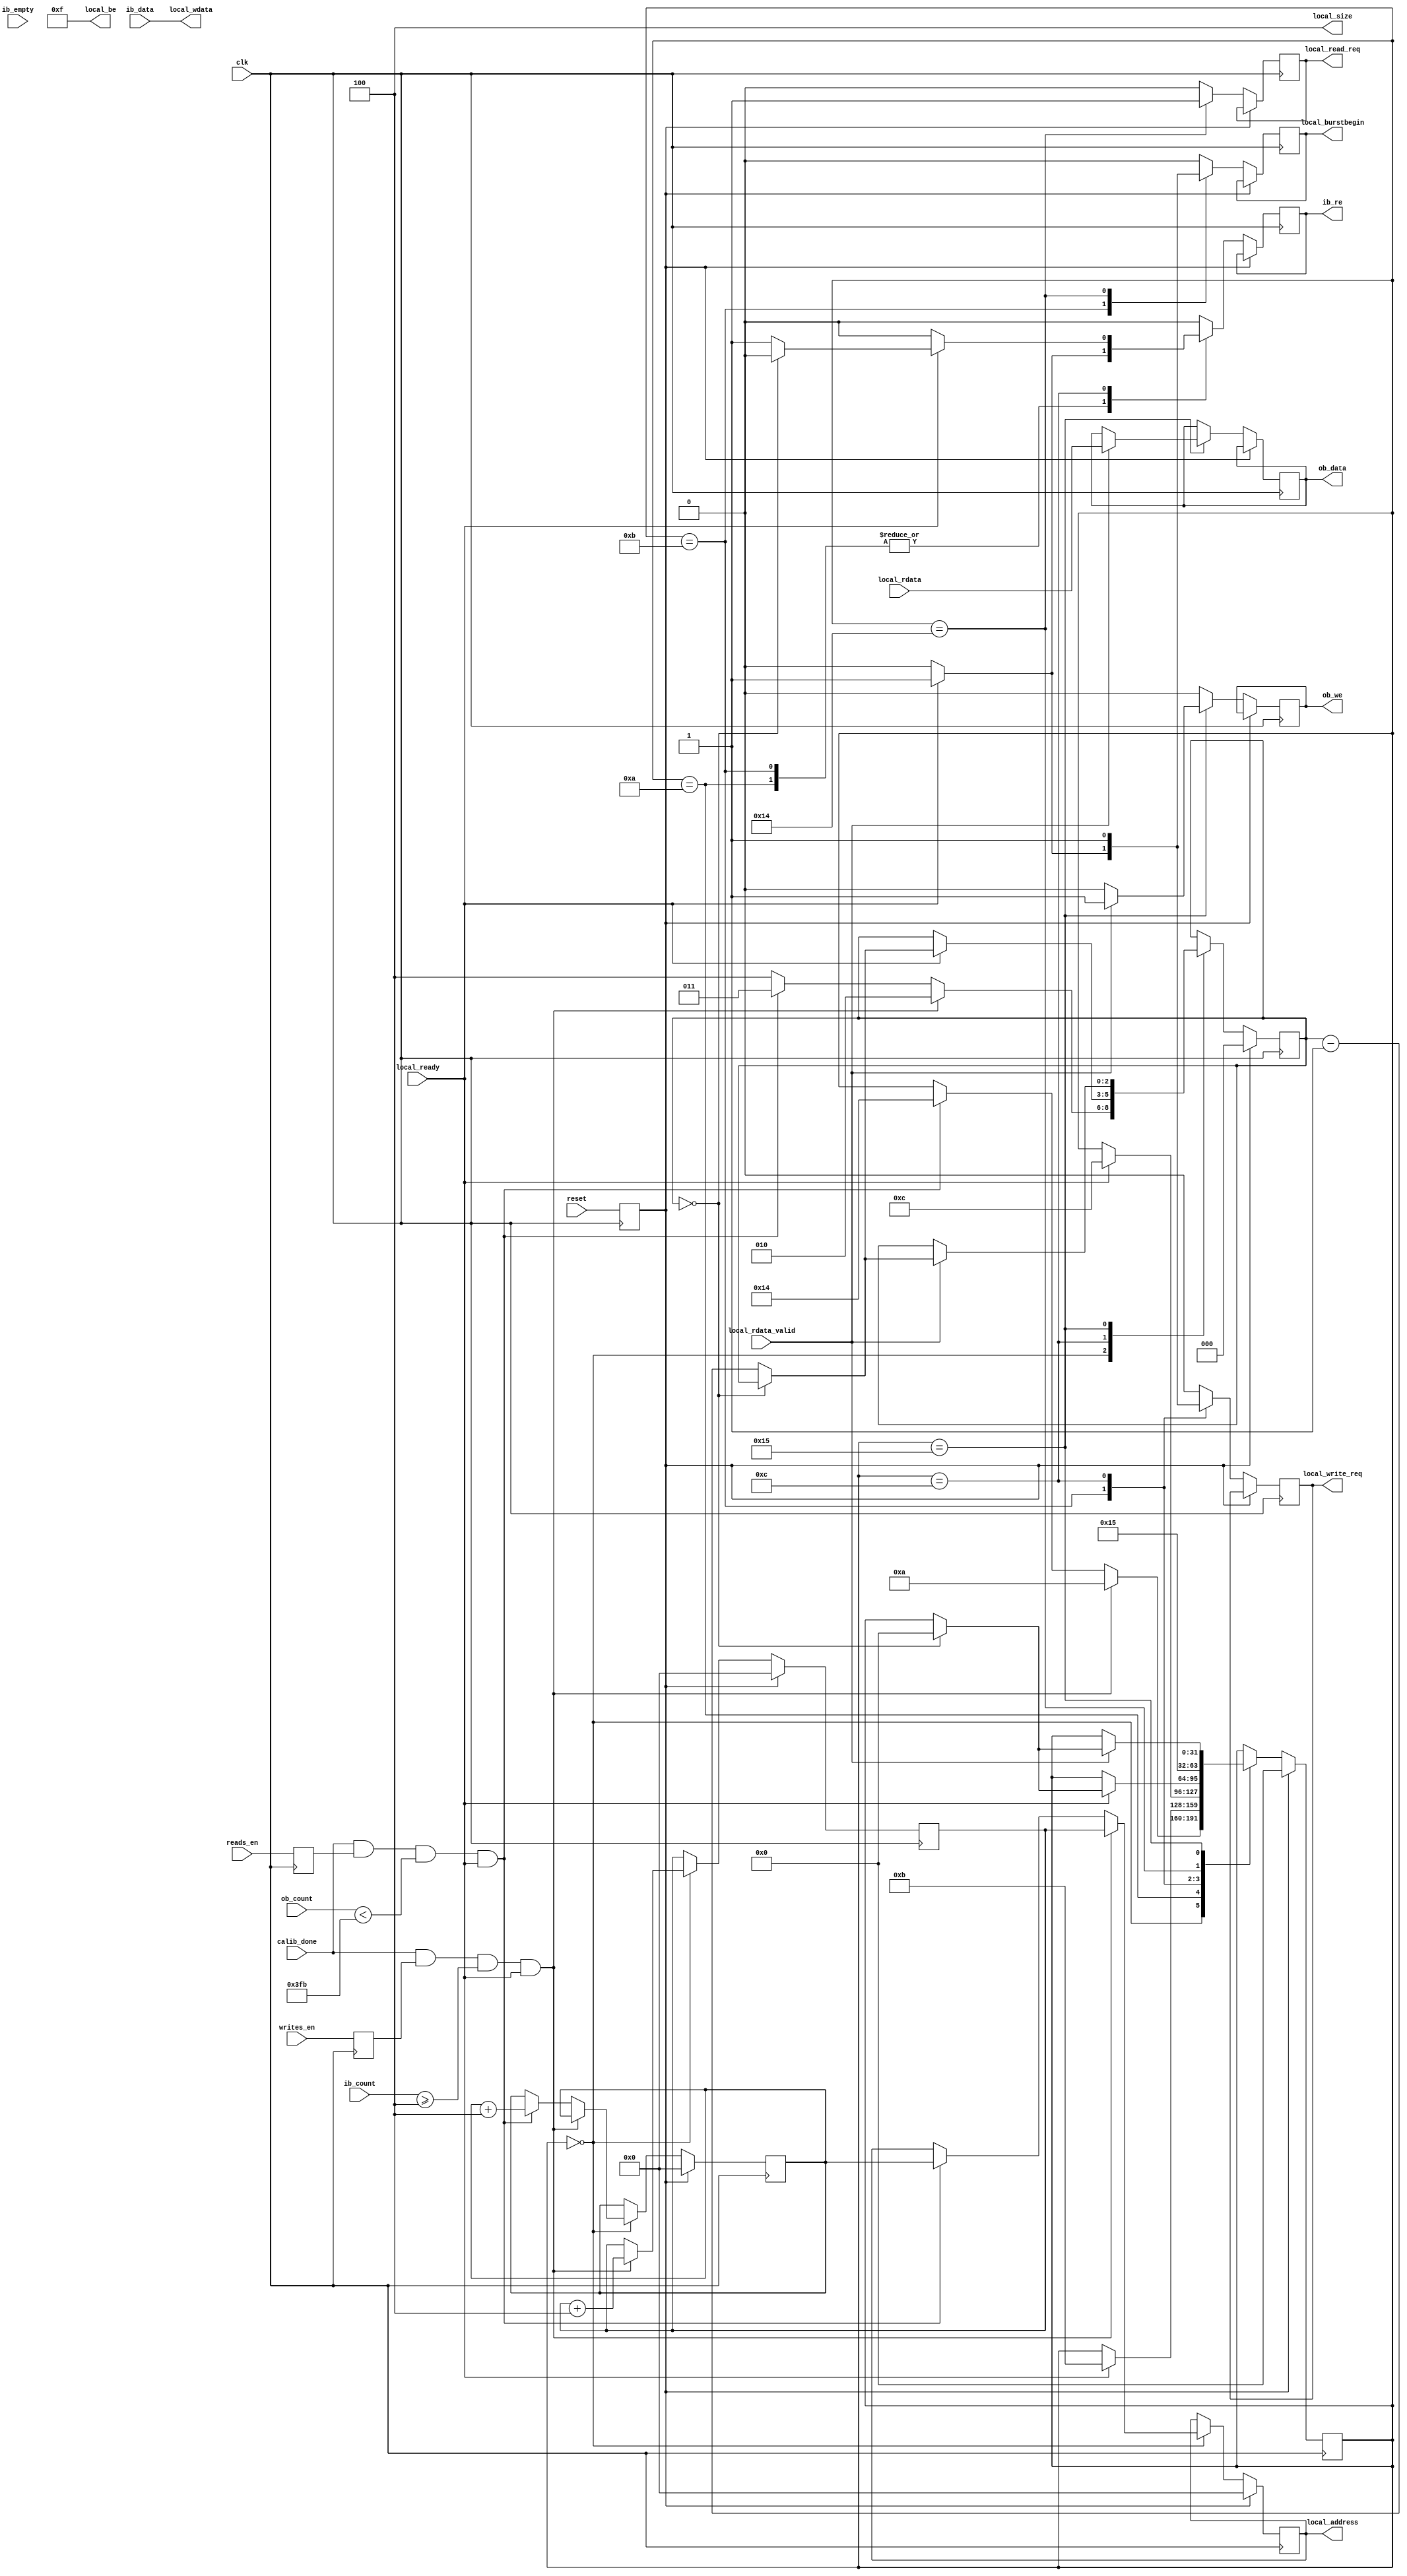

`timescale 1ns/1ps
//`default_nettype none

module ddr2_test
	(
	input  wire          clk,
	input  wire          reset,
	input  wire          writes_en,
	input  wire          reads_en,
	input  wire          calib_done, 
	
	//DDR Input Buffer (ib_)
	output reg           ib_re,
	input  wire [31:0]   ib_data,
	input  wire [10:0]   ib_count,
	input  wire          ib_empty,
	
	//DDR Output Buffer (ob_)
	output reg           ob_we,
	output reg  [31:0]   ob_data,
	input  wire [10:0]   ob_count,
	
	output reg           local_read_req,
	input  wire          local_rdata_valid,
	input  wire [31:0]   local_rdata,
	
	input  wire          local_ready,
	output reg           local_burstbegin,

	output reg  [24:0]   local_address,
	output wire [2:0]    local_size,
	output reg           local_write_req,
	output wire [31:0]   local_wdata,
	output wire [3:0]    local_be
	);

localparam FIFO_SIZE      = 1024;
localparam BURST_LEN      = 4;  // Number of 32bit user words per DRAM command (Must be Multiple of 2)

reg  [24:0] local_addr_wr, local_addr_rd;
reg  [2:0]  burst_cnt;

reg         write_mode;
reg         read_mode;
reg         reset_d;


assign local_size  = BURST_LEN;
assign local_be    = 4'hF;
assign local_wdata = ib_data;

always @(posedge clk) write_mode <= writes_en;
always @(posedge clk) read_mode <= reads_en;
always @(posedge clk) reset_d <= reset;


integer state;
localparam s_idle  = 0,
           s_write0 = 10,
           s_write1 = 11,
           s_write2 = 12,
           s_write3 = 13,
           s_read1 = 20,
           s_read2 = 21,
           s_read3 = 22,
           s_read4 = 23;
always @(posedge clk) begin
	if (reset_d) begin
		state          <= s_idle;
		burst_cnt      <= 3'b000;
		local_addr_wr  <= 0;
		local_addr_rd  <= 0;
		local_address  <= 25'b0;
	end else begin
		local_burstbegin  <= 1'b0;
		local_write_req   <= 1'b0;
		ib_re             <= 1'b0;
		local_read_req    <= 1'b0;
		ob_we             <= 1'b0;


		case (state)
			s_idle: begin
				burst_cnt <= BURST_LEN;

				// only start writing when initialization done
				if (calib_done==1 && write_mode==1 && (ib_count >= BURST_LEN) && (local_ready == 1'b1) ) begin
					burst_cnt     <= BURST_LEN - 2;
					local_address <= local_addr_wr;
					local_addr_wr <= local_addr_wr + BURST_LEN;
					state <= s_write0;
				end else if (calib_done==1 && read_mode==1 && (ob_count<(FIFO_SIZE-1-BURST_LEN) ) && (local_ready == 1'b1) ) begin
					burst_cnt     <= BURST_LEN - 1;
					local_address <= local_addr_rd;
				  local_addr_rd <= local_addr_rd + BURST_LEN;
					state <= s_read1;
				end
			end
			
			s_write0: begin
				if (local_ready == 1'b1) begin
					ib_re <= 1'b1;
					state <= s_write1;
				end
			end
	
			s_write1: begin
				if (local_ready == 1'b1) begin
					local_burstbegin  <= 1'b1;
					local_write_req   <= 1'b1;
					ib_re <= 1'b1;
					state <= s_write2;
				end
			end
			
			s_write2: begin
				local_write_req   <= 1'b1;
				// Keep write request and data present until
				// controller is ready.
				if (local_ready == 1'b1) begin 
					if (burst_cnt == 3'd0) begin
						state <= s_idle;
					end else begin
						ib_re <= 1'b1;
						burst_cnt <= burst_cnt - 1'b1;
					end
				end
			end

			s_read1: begin
				local_burstbegin <= 1'b1;
				local_read_req   <= 1'b1;
				state            <= s_read2;
			end
			
			s_read2: begin
				if (local_rdata_valid == 1'b1) begin
					ob_data <= local_rdata;
					ob_we <= 1'b1;
					if (burst_cnt == 3'd0) begin
						state <= s_idle;
					end else begin
						burst_cnt <= burst_cnt - 1'b1;
					end
				end
			end
				
		endcase
	end
end


endmodule